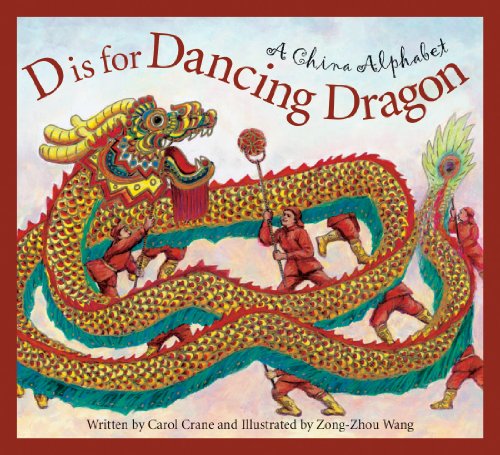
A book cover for D is for Dancing Dragon: A China Alphabet (Discover the World); Carol Crane; Children's Books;